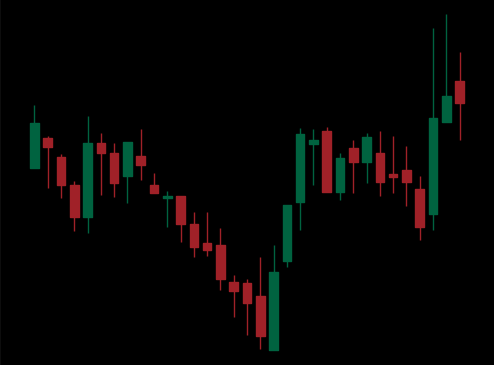
Pattern: inverse_head_shoulders